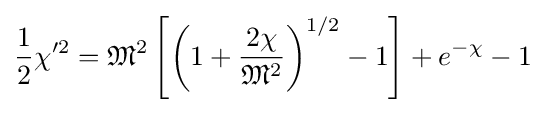
{\frac {1}{2}}\chi '^{2}={\mathfrak {M}}^{2}\left[\left(1+{\frac {2\chi }{{\mathfrak {M}}^{2}}}\right)^{1/2}-1\right]+e^{-\chi }-1